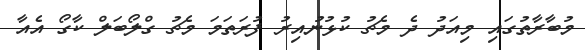
މުބާރާތުގައި މިއަދު ދެ މެޗު ކުޅުނުއިރު ފުރަތަމަ މެޗު ގްލޯބަލް ކާގޯ އެއާ